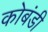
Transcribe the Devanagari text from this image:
कोबंडी